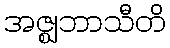
အဇ္ဈဘာသီတိ